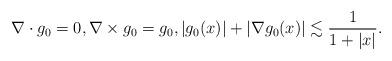
LaTeX: \begin{align*}\nabla\cdot g_0 = 0,\nabla\times g_0 = g_0,|g_0(x)| +|\nabla g_0(x)| \lesssim \frac{1}{1 + |x|}.\end{align*}